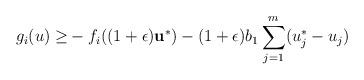
LaTeX: \begin{align*}g_i(u)\geq& -f_i((1+\epsilon)\mathbf{u}^*)-(1+\epsilon)b_1\sum_{j=1}^m(u_j^*-u_j)\end{align*}